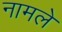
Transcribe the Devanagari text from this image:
नामले